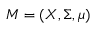
M = ( X , \Sigma , \mu )